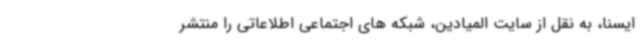
ایسنا، به نقل از سایت المیادین، شبکه های اجتماعی اطلاعاتی را منتشر